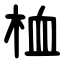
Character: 桖